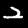
Label: 2